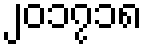
၂၀၁၇၁၈